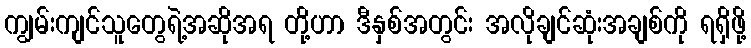
ကျွမ်းကျင်သူတွေရဲ့အဆိုအရ တို့ဟာ ဒီနှစ်အတွင်း အလိုချင်ဆုံးအချစ်ကို ရရှိဖို့